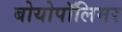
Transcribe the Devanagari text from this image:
बोयोपॉलिमर